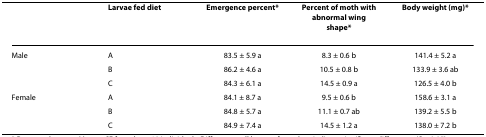
|  | Larvae fed diet | Emergence percent* | Percent of moth withabnormal wing shape* | Body weight (mg)* |
 | --- | --- | --- | --- | --- |
 | Male | A | 83.5 ± 5.9 a | 8.3 ± 0.6 b | 141.4 ± 5.2 a |
 |  | B | 86.2 ± 4.6 a | 10.5 ± 0.8 b | 133.9 ± 3.6 ab |
 |  | C | 84.3 ± 6.1 a | 14.5 ± 0.9 a | 126.5 ± 4.0 b |
 | Female | A | 84.1 ± 8.7 a | 9.5 ± 0.6 b | 158.6 ± 3.1 a |
 |  | B | 84.8 ± 5.7 a | 11.1 ± 0.7 ab | 139.2 ± 5.5 b |
 |  | C | 84.9 ± 7.4 a | 14.5 ± 1.2 a | 138.0 ± 7.2 b |